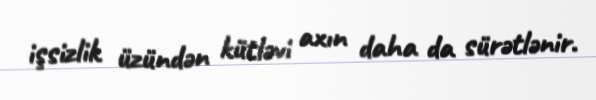
işsizlik üzündən kütləvi axın daha da sürətlənir.